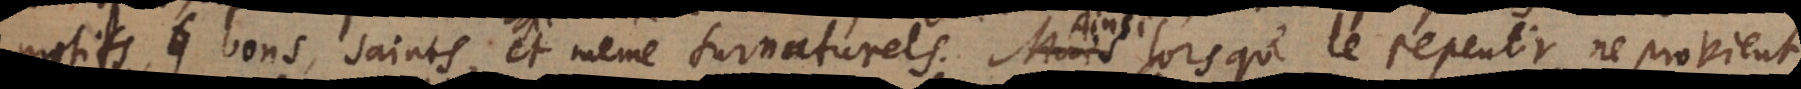
motifs, bons, saints, et même surnaturels. Ainsi lorsque le repentir ne provient